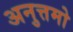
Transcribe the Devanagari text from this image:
अनुत्तमो